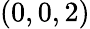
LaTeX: (0,0,2)